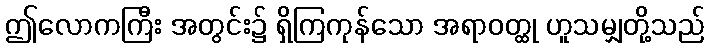
ဤလောကကြီး အတွင်း၌ ရှိကြကုန်သော အရာဝတ္ထု ဟူသမျှတို့သည်